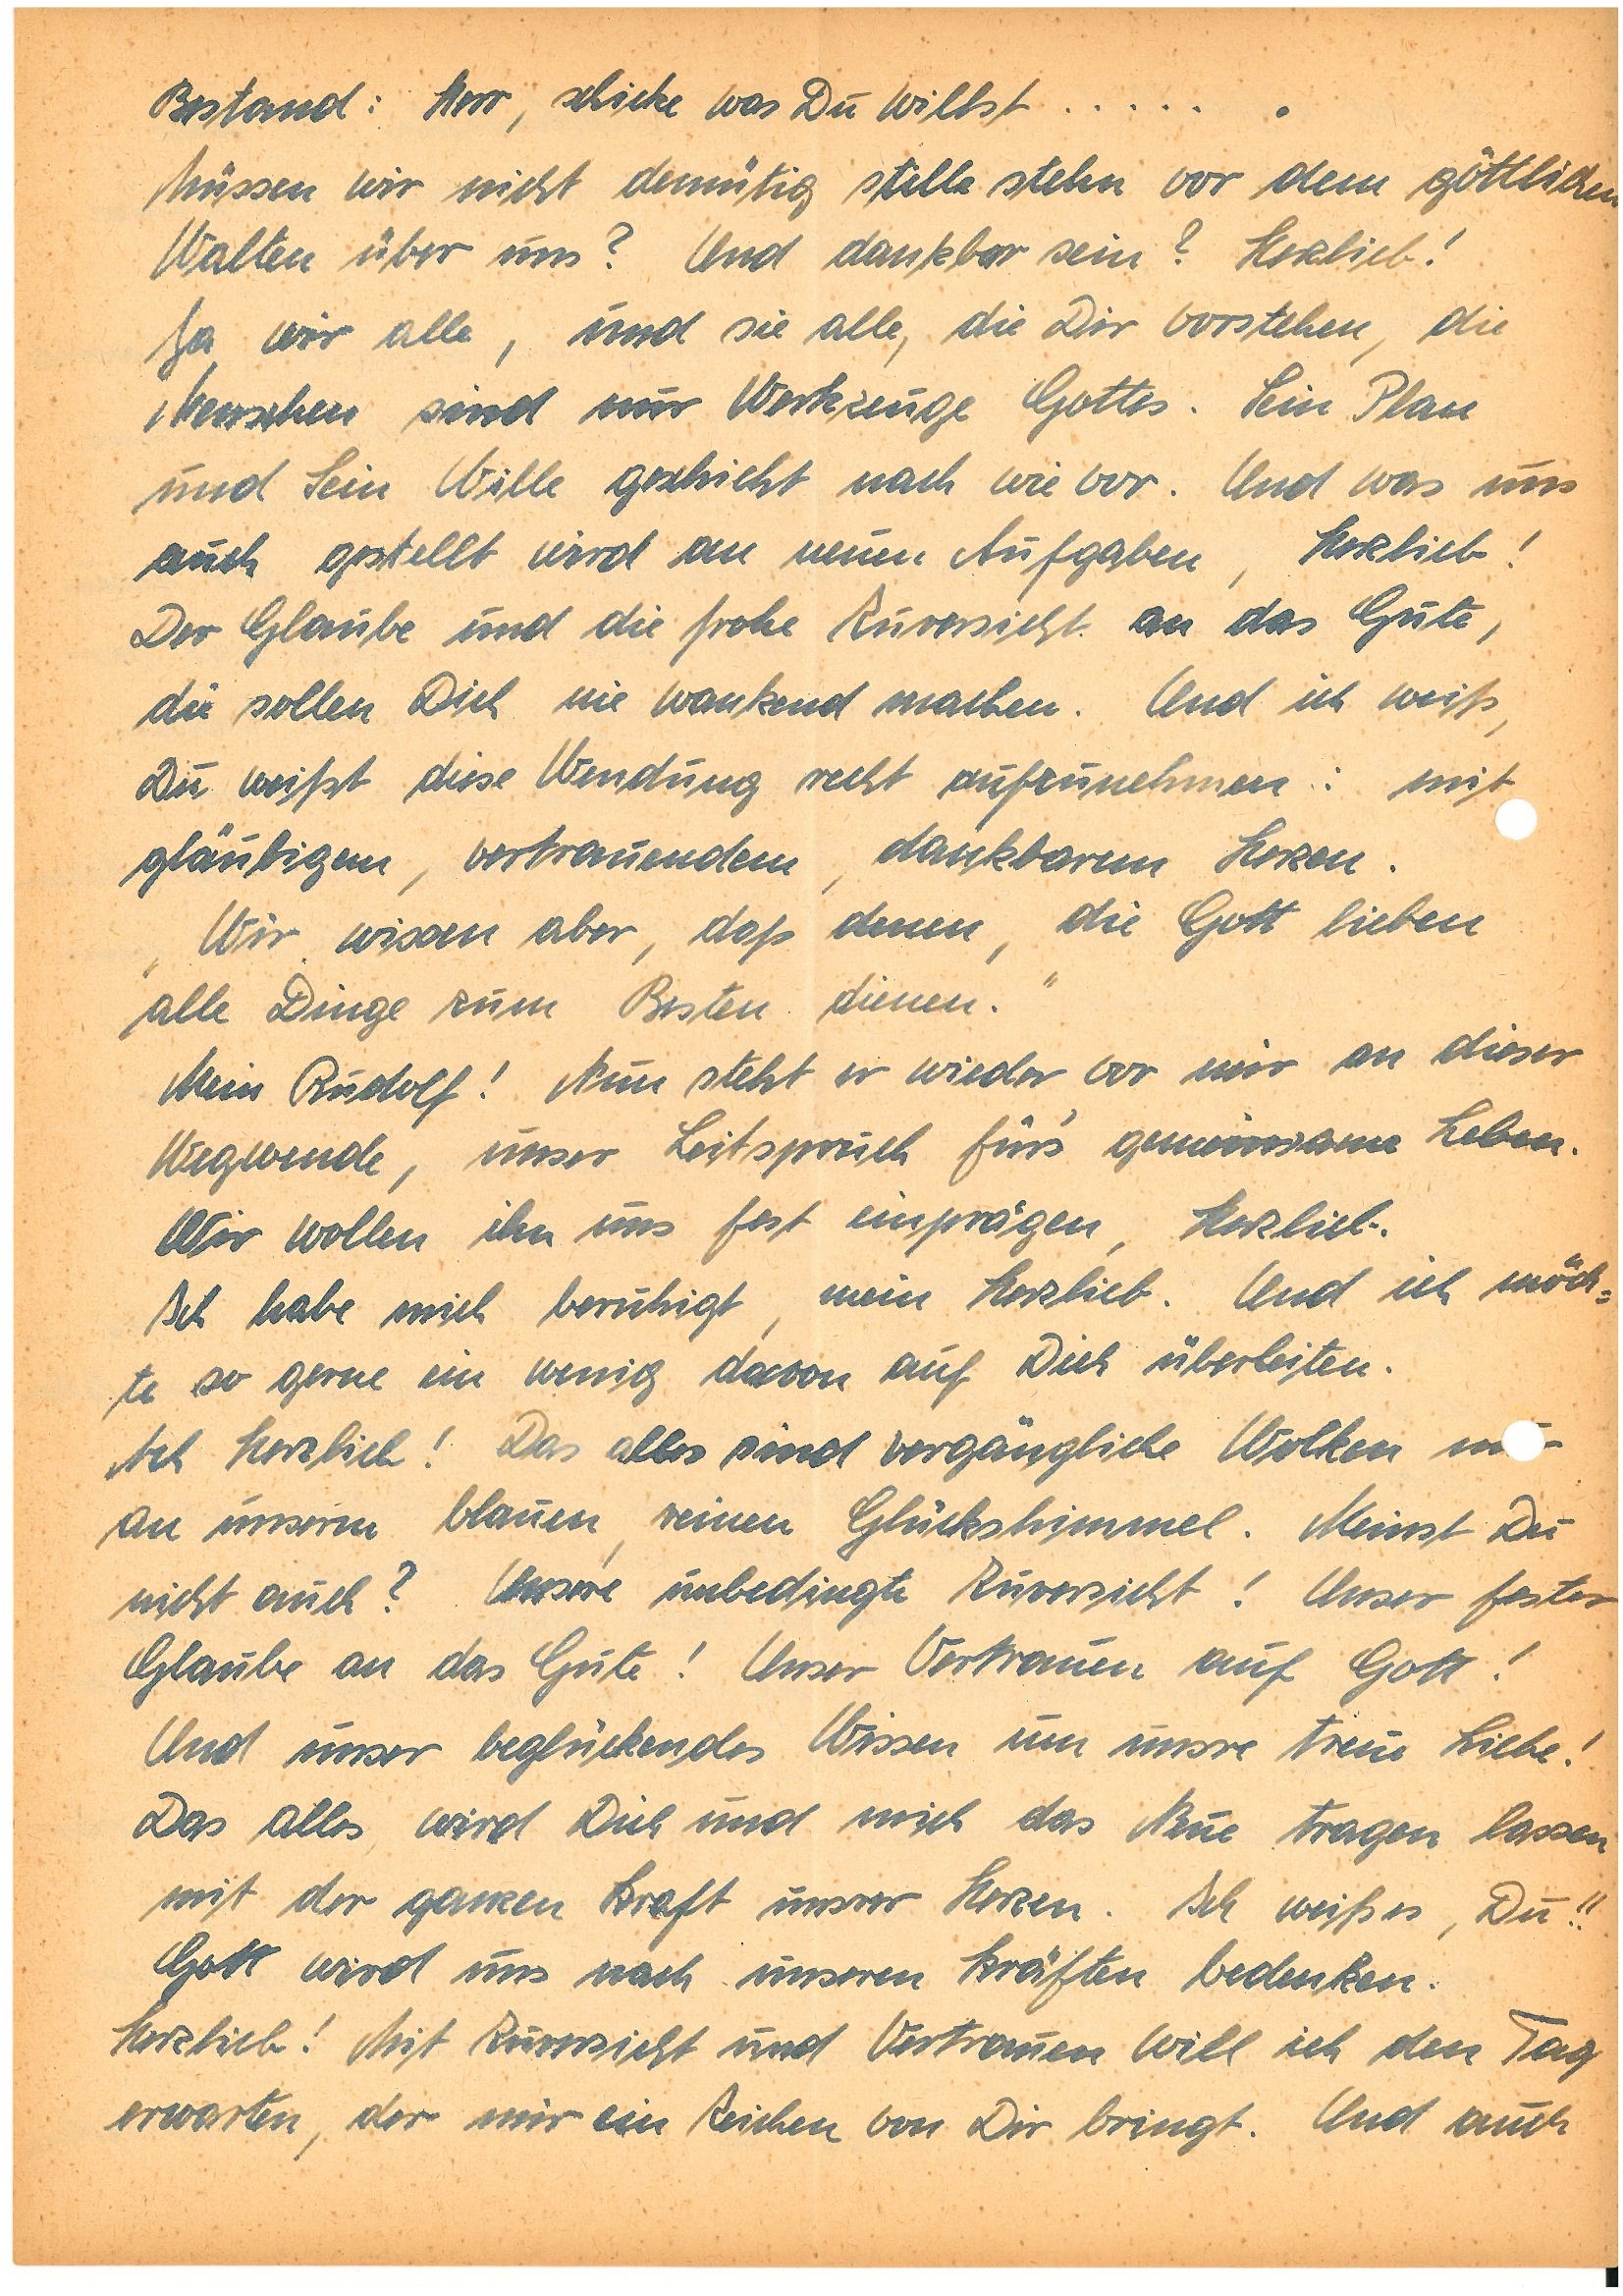
Bestand: Herr schicke was du willst…...
Müssen wir nicht demütig stille stehn vor dem göttlichen
Walten über uns? Und dankbar sein? Herzlieb!
Ja wir alle, und sie alle, die Dir vorstehen, die
Menschen sind nur Werkzeuge Gottes. Sein Plan
und sein Wille geschieht nach wie vor. Und was uns
auch gestellt wird an neuen Aufgaben, Herzlieb!
Der Glaube und die frohe Zuversicht an das Gute,
die sollen Dich nie wankend machen. Und ich weiß,
Du weißt diese Wendung recht aufzunehmen: mit
gläubigem, vertrauendem, dankbarem Herzen.
„Wir wissen aber, daß denen, die Gott lieben,
alle Dinge zum Besten dienen.“
Mein , nun steht er wieder vor mir an dieser
Wegwende, unser Leitspruch fürs‘ gemeinsame Leben.
Wir wollen ihn uns fest einprägen, Herzlieb.
Ich habe mich beruhigt, mein Herzlieb. Und ich möch¬
te so gerne ein wenig davon auf Dich überleiten.
Ach Herzlieb! Das alles sind vergängliche Wolken nur
an unserem blauen, reinen Glückshimmel. Meinst Du
nicht auch? Unsere unbedingte Zuversicht! Unser fester
Glaube an das Gute! Unser Vertrauen auf Gott!
Und unser beglückendes Wissen um unsre treue Liebe!
Das alles wird Dich und mich das Neue tragen lassen
mit der gesamten Kraft unsrer Herzen. Ich weiß es, Du!!
Gott wird uns nach unseren Kräften bedenken.
herzlieb! Mit Zuversicht und Vertrauen will ich den Tag
erwarten, der mir ein Zeichen von Dir bringt. Und auch